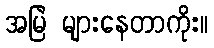
အမြဲ များနေတာကိုး။